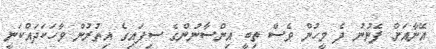
އޭނާއަށް ފެނުނު ދެ މީހުން ވެސް ތިބީ އިންސާނުންގެ ސިފައިގެ އިތުރުން ވާހަކަދައްކަނީ